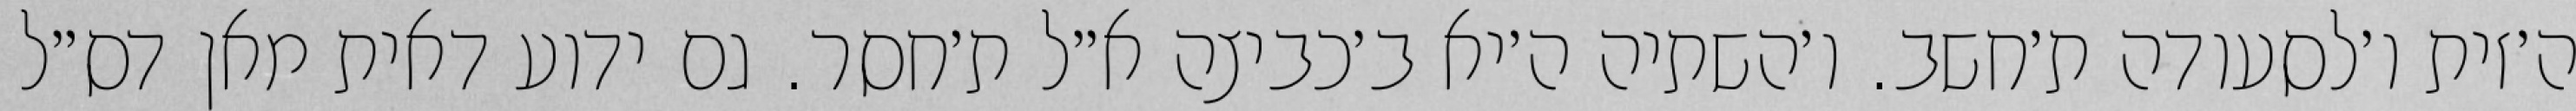
ה׳זית ו׳לסעודה ת׳חשב. ו׳השתיה ה׳יא ב׳כביצה א״ל ת׳חסר. גם ידוע דאית מאן דס״ל